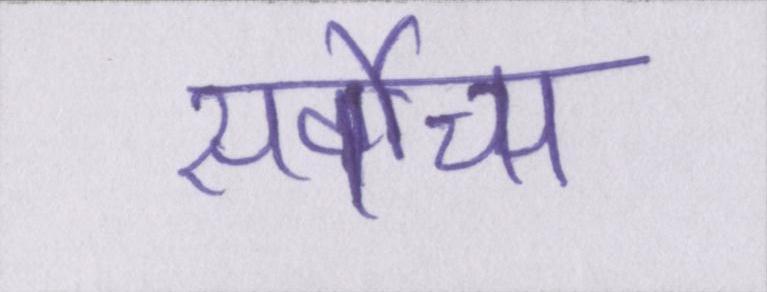
सर्वोच्च